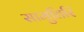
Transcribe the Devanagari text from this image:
सामुतिरि